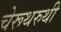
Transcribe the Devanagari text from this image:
चेरूथरुथी